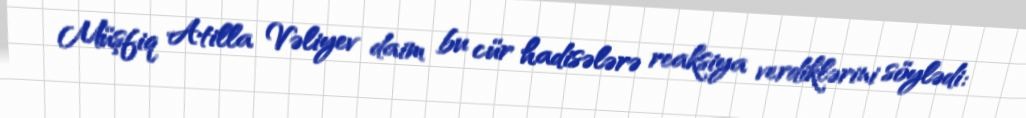
Müşfiq Atilla Vəliyev daim bu cür hadisələrə reaksiya verdiklərini söylədi: